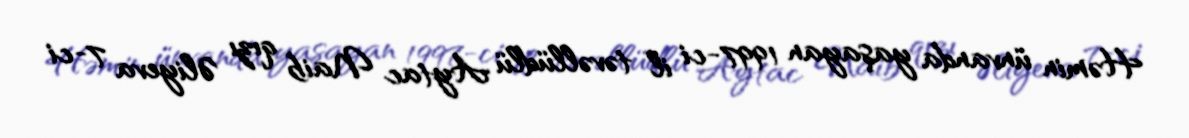
Həmin ünvanda yaşayan 1997-ci il təvəllüdlü Aytac Naib qızı Əliyeva 7-ci